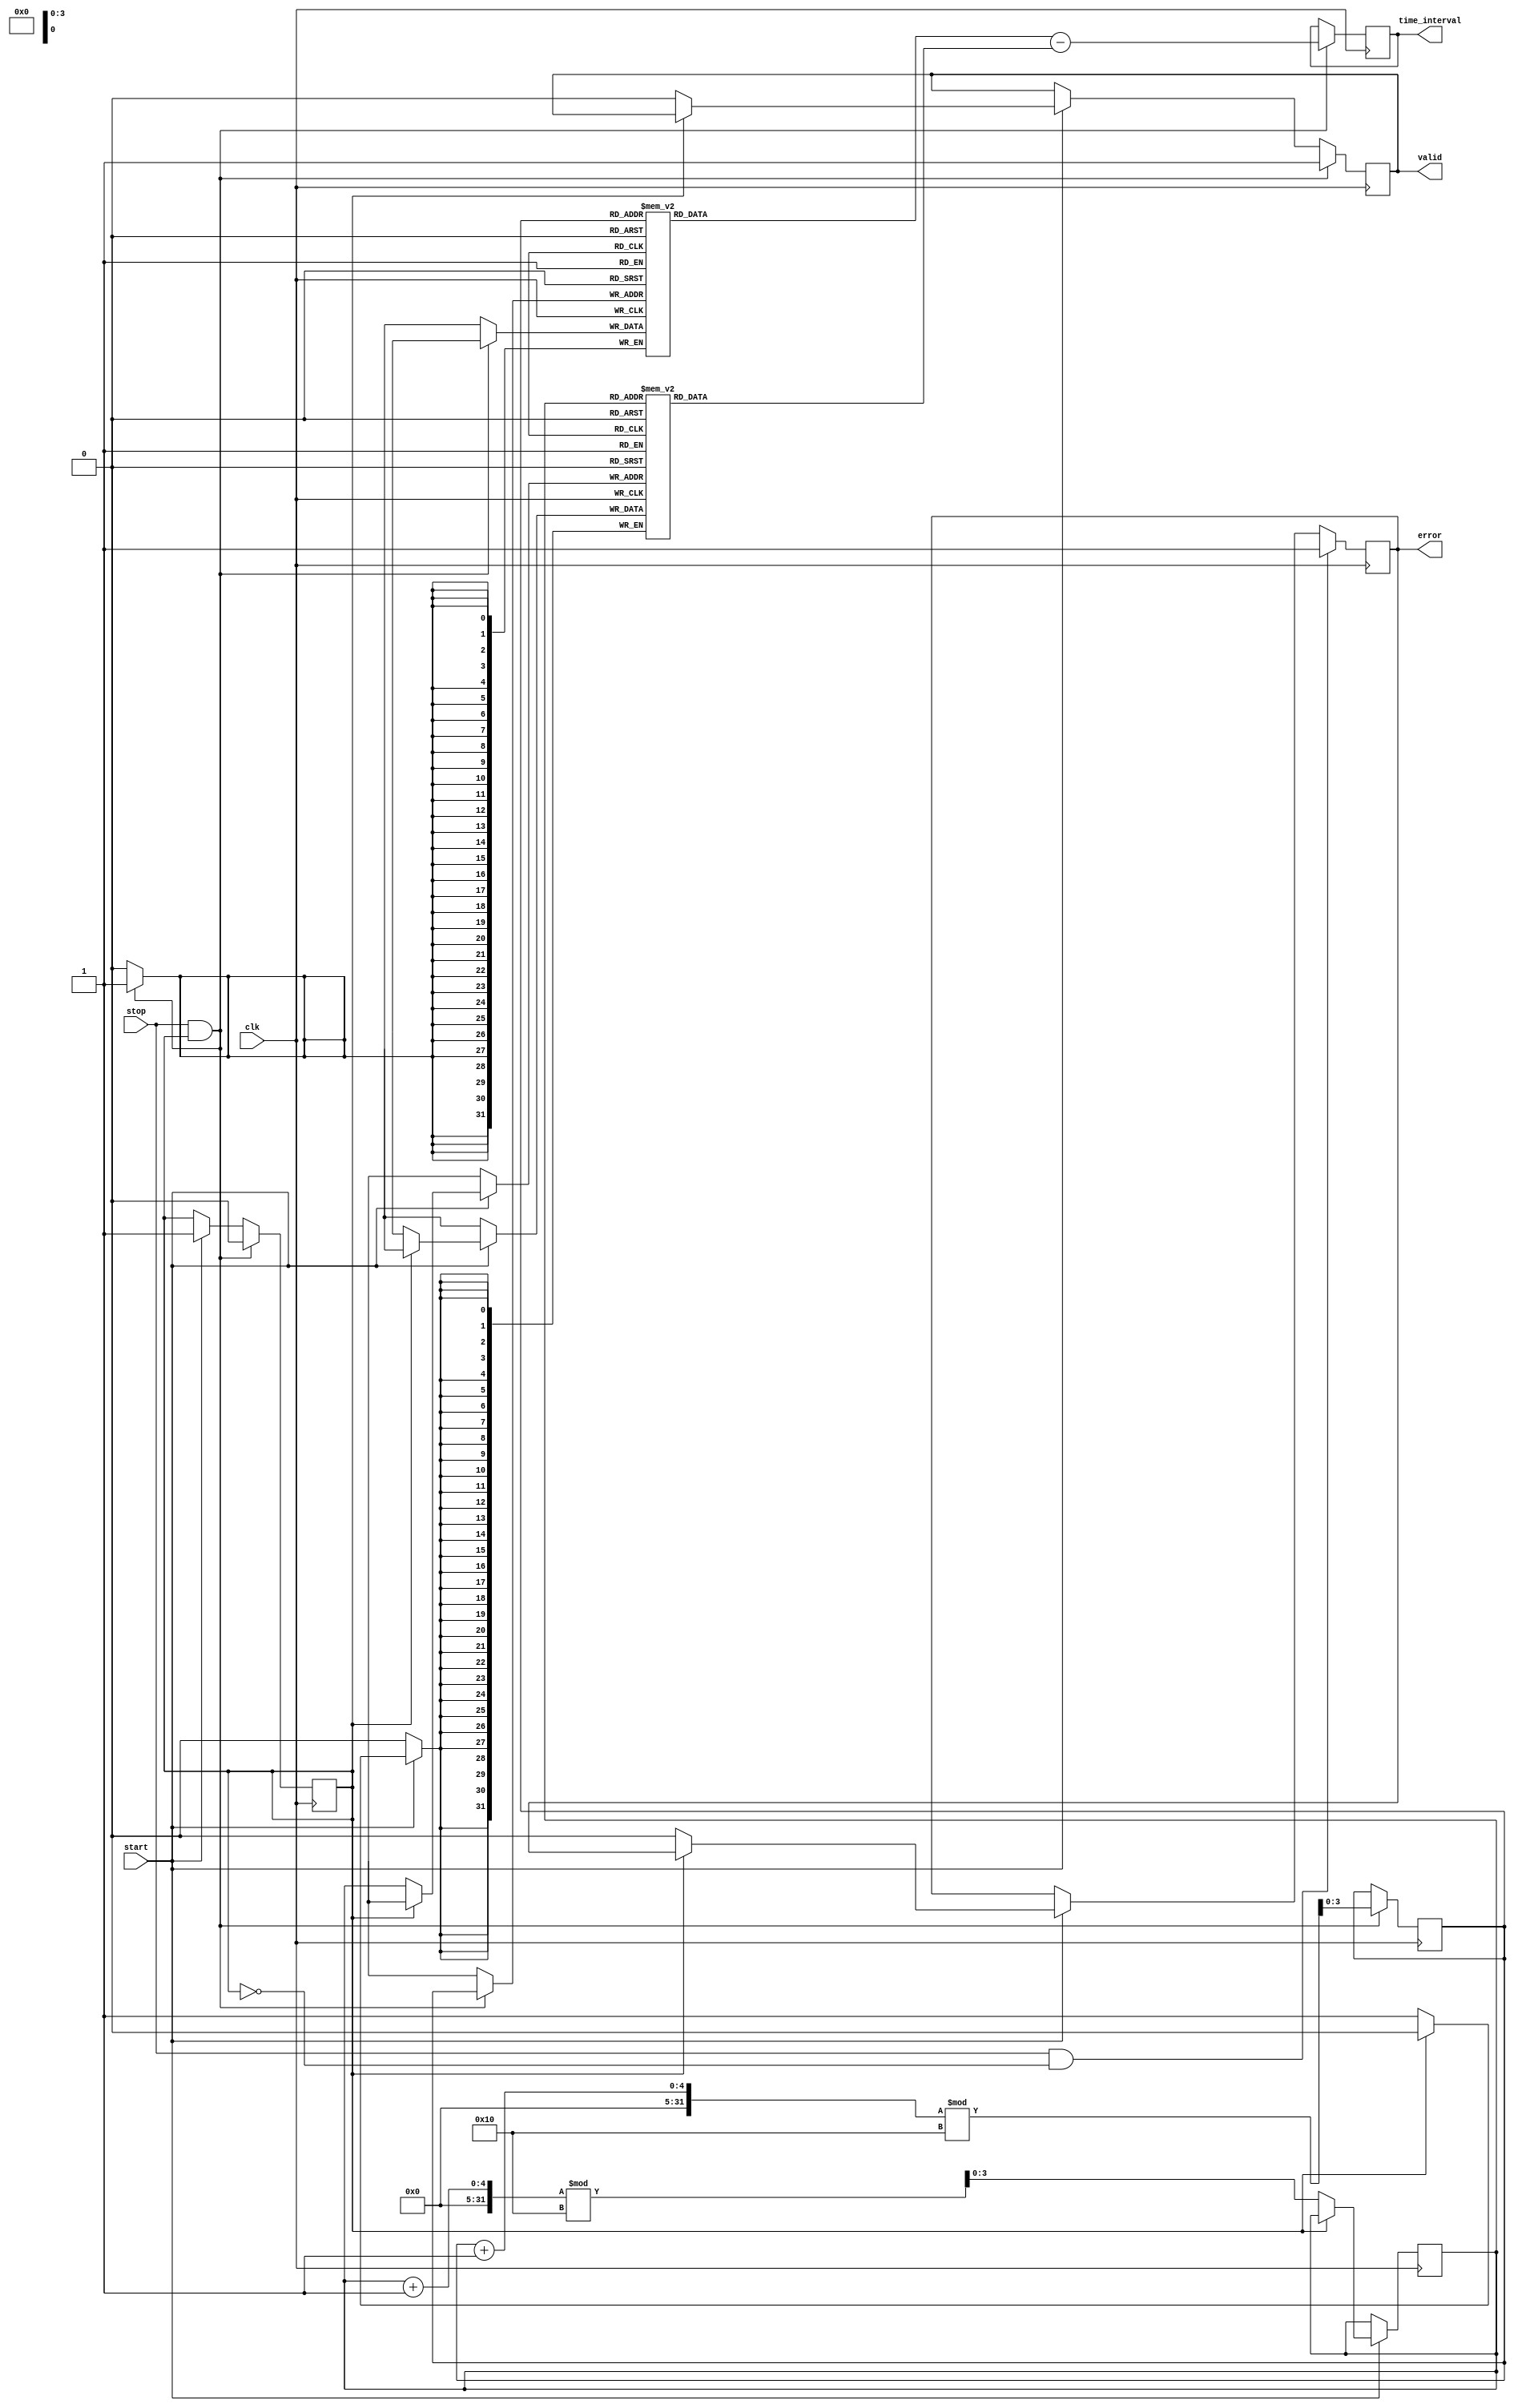
module MemoryBlocksSynchronizedTDC (
    input wire clk,                // Clock signal
    input wire start,              // Start signal
    input wire stop,               // Stop signal
    output reg [31:0] time_interval, // Output time interval
    output reg valid,              // Valid output signal
    output reg error               // Error signal
);

    parameter MEMORY_DEPTH = 16;   // Number of timestamps that can be stored
    reg [31:0] memory_start [0:MEMORY_DEPTH-1]; // Memory for start timestamps
    reg [31:0] memory_stop [0:MEMORY_DEPTH-1];  // Memory for stop timestamps
    reg [3:0] start_index;         // Index for storing start timestamps
    reg [3:0] stop_index;          // Index for storing stop timestamps
    reg measuring;                  // State variable to indicate measuring state

    always @(posedge clk) begin
        if (start) begin
            if (!measuring) begin
                measuring <= 1;    // Start measuring
                start_index <= (start_index + 1) % MEMORY_DEPTH; // Update index
                memory_start[start_index] <= $time; // Capture current time
                valid <= 0;        // Clear valid signal
                error <= 0;       // Clear error signal
            end
        end

        if (stop && measuring) begin
            measuring <= 0;        // Stop measuring
            stop_index <= (stop_index + 1) % MEMORY_DEPTH; // Update index
            memory_stop[stop_index] <= $time; // Capture stop time
            // Calculate time interval
            time_interval <= memory_stop[stop_index] - memory_start[start_index];
            valid <= 1;            // Set valid output signal
        end

        // Error handling (e.g., if stop signal received without start)
        if (stop && !measuring) begin
            error <= 1;            // Set error signal
        end
    end

endmodule